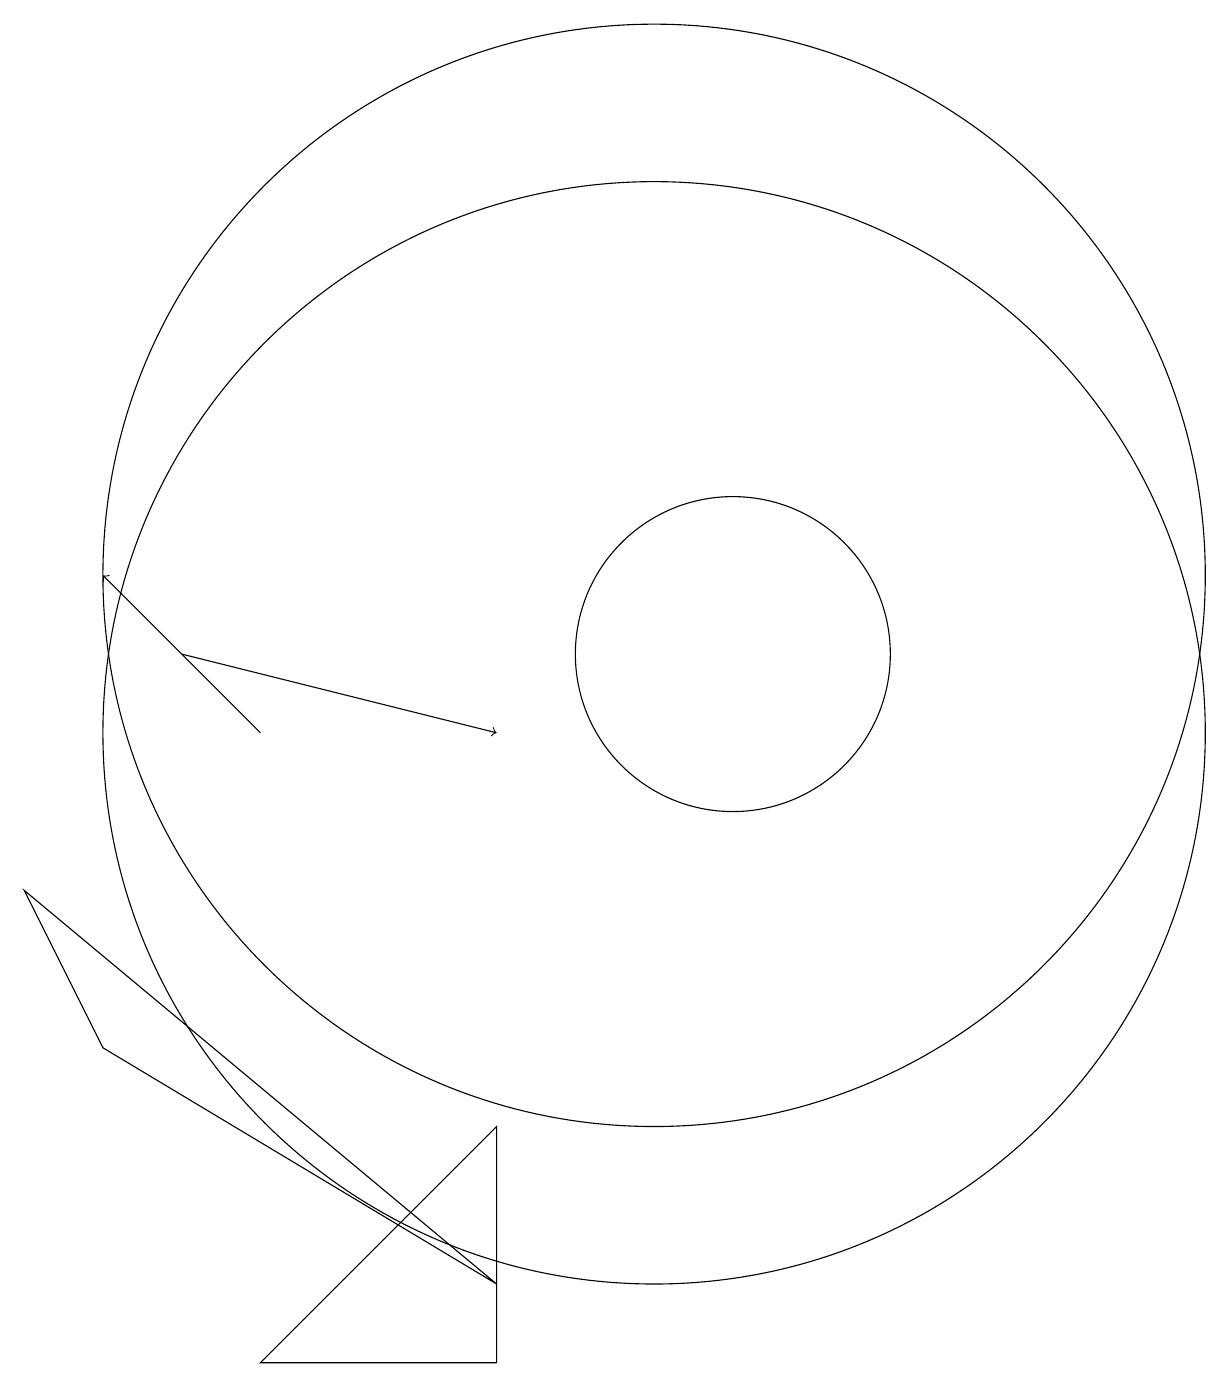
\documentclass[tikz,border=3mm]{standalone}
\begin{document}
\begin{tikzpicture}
\draw[->] (4,11) -- (8,10);
\draw (2,8) -- (3,6) -- (8,3) -- cycle;
\draw[->] (5,10) -- (3,12);
\draw (5,2) -- (8,2) -- (8,5) -- cycle;
\draw (11,11) circle (2);
\draw (10,12) circle (7);
\draw (10,10) circle (7);
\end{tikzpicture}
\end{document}